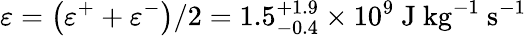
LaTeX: \varepsilon=\left(\varepsilon^{+}+\varepsilon^{-}\right)/2=1.5_{-0.4}^{+1.9}\times 10^{9}~\mathrm{J}~\mathrm{kg}^{-1}~\mathrm{s}^{-1}